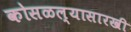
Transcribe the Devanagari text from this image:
कोसळल्यासारखी